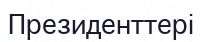
Президенттері